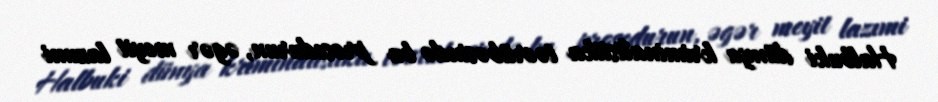
Halbuki dünya kriminalistika təcrübəsində bu prosedurun, əgər meyit lazımi